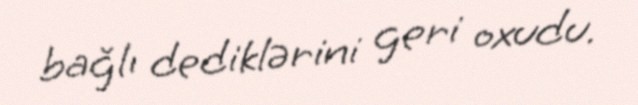
bağlı dediklərini geri oxudu.